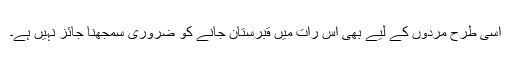
اسی طرح مردوں کے لیے بھی اس رات میں قبرستان جانے کو ضروری سمجھنا جائز نہیں ہے۔